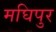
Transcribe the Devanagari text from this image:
मघिपुर